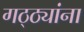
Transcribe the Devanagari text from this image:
गठ्ठ्यांना